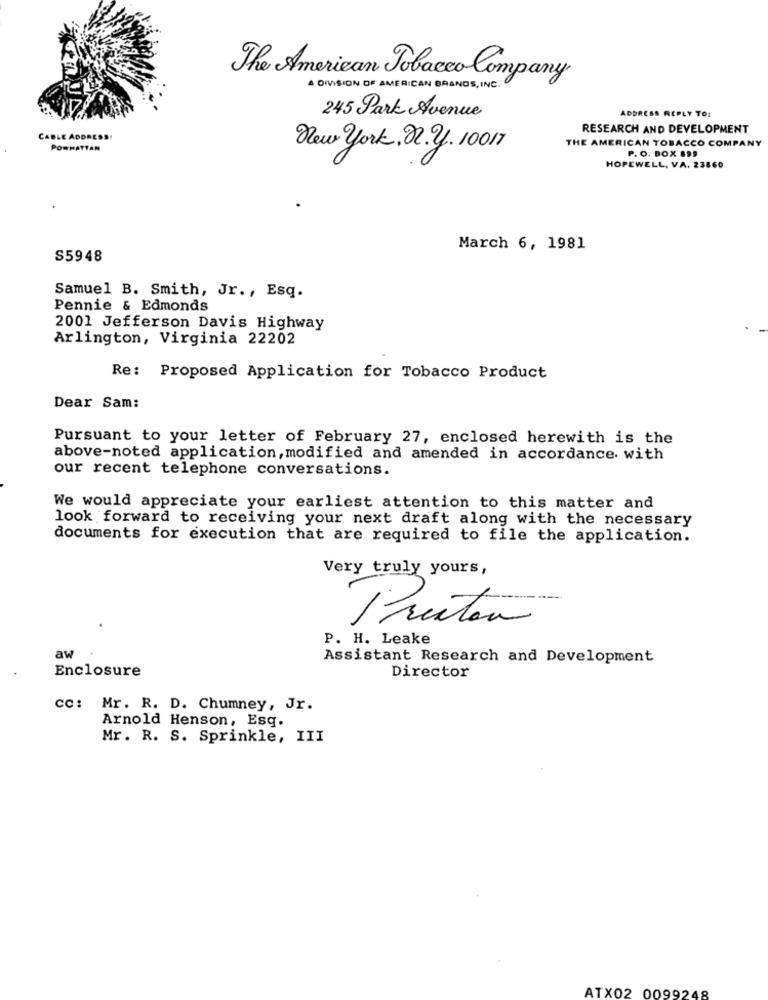
The American Tobacco Company
A DIVISION OF AMERICAN BRANDS, INC.
245 Park Avenue
ADDRESS REPLY TO:
RESEARCH AND DEVELOPMENT
CABLE ADDRESS!
POWMATTAN
New york, n. y. 10017
THE AMERICAN TOBACCO COMPANY
P. O. BOX 199
HOPEWELL, VA. 23860
March 6, 1981
S5948
Samuel B. Smith, Jr ., Esq.
Pennie & Edmonds
2001 Jefferson Davis Highway
Arlington, Virginia 22202
Re: Proposed Application for Tobacco Product
Dear Sam:
Pursuant to your letter of February 27, enclosed herewith is the
above-noted application, modified and amended in accordance with
our recent telephone conversations.
We would appreciate your earliest attention to this matter and
look forward to receiving your next draft along with the necessary
documents for execution that are required to file the application.
Very truly yours,
N
Preston
P. H. Leake
aw
Assistant Research and Development
Enclosure
Director
cc: Mr. R. D. Chumney, Jr.
Arnold Henson, Esq.
Mr. R. S. Sprinkle, III
ATX02 0099248